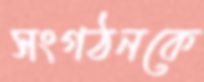
সংগঠনকে